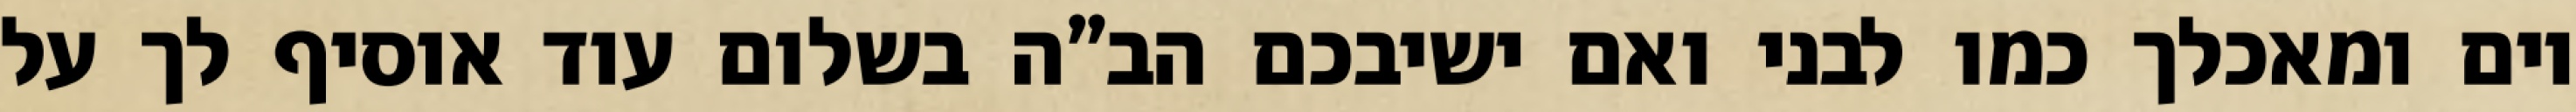
יום ומאכלך כמו לבני ואם ישיבכם הב”ה בשלום עוד אוסיף לך על